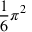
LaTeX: { \frac { 1 } { 6 } } \pi ^ { 2 }